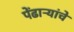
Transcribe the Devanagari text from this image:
पेंढाऱ्यांचे